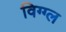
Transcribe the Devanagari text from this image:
विग्ग्ल